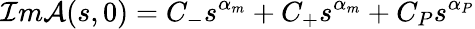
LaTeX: {\cal I}m{\cal A}(s,0)=C_{-}s^{\alpha_{m}}+C_{+}s^{\alpha_{m}}+C_{P}s^{\alpha_{P}}